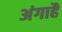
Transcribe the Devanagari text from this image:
अंगाहै